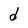
Character: d